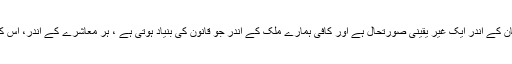
بے نظیر: جی پاکستان کے اندر ایک غیر یقینی صورتحال ہے اور کافی ہمارے ملک کے اندر جو قانون کی بنیاد ہوتی ہے ، ہر معاشرے کے اندر، اس کوکمزور کیا گیا ہے۔